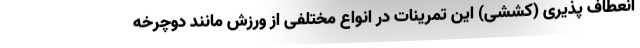
انعطاف پذیری (کششی) این تمرینات در انواع مختلفی از ورزش مانند دوچرخه